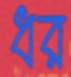
ধর